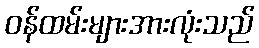
ဝန်ထမ်းများအားလုံးသည်